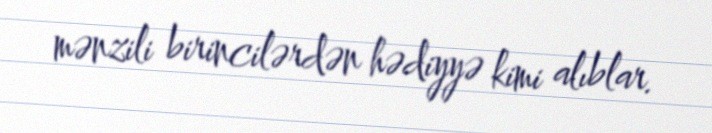
mənzili birincilərdən hədiyyə kimi alıblar.